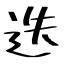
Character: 迭